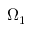
\Omega _ { 1 }